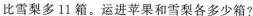
比雪梨多11箱。运进苹果和雪梨各多少箱?